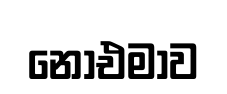
නොඑමාව